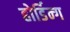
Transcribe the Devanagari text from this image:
होर्डिन्ग